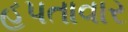
હપતાવાર